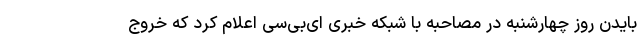
بایدن روز چهارشنبه در مصاحبه با شبکه خبری ‌ای‌بی‌سی اعلام کرد که خروج